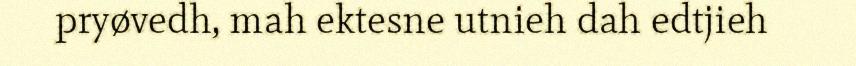
pryøvedh, mah ektesne utnieh dah edtjieh